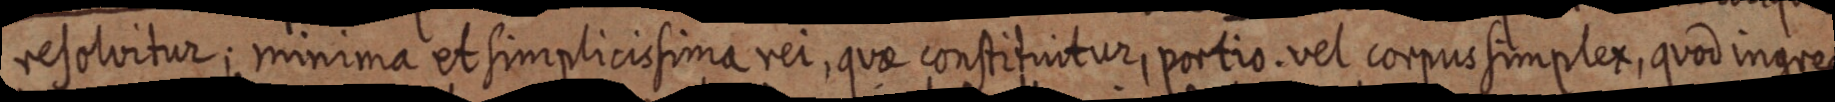
resolvitur; minima et simplicissima rei, quae constituitur, portio. vel corpus simplex, quod ingredi